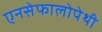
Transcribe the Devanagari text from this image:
एनसेफालोपेथी